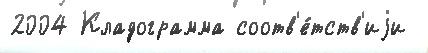
2004 Кладограмма соотв'е́тств'иjи